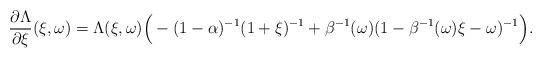
LaTeX: \begin{align*}\frac{\partial\Lambda}{\partial\xi}(\xi,\omega)=\Lambda(\xi,\omega) \Big(-(1-\alpha)^{-1}(1+\xi)^{-1}+\beta^{-1}(\omega)(1-\beta^{-1}(\omega)\xi-\omega)^{-1}\Big). \end{align*}